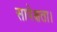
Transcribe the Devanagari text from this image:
सापेक्षता।